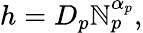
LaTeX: h=D_{p}\mathbb{N}_{p}^{\alpha_{p}},